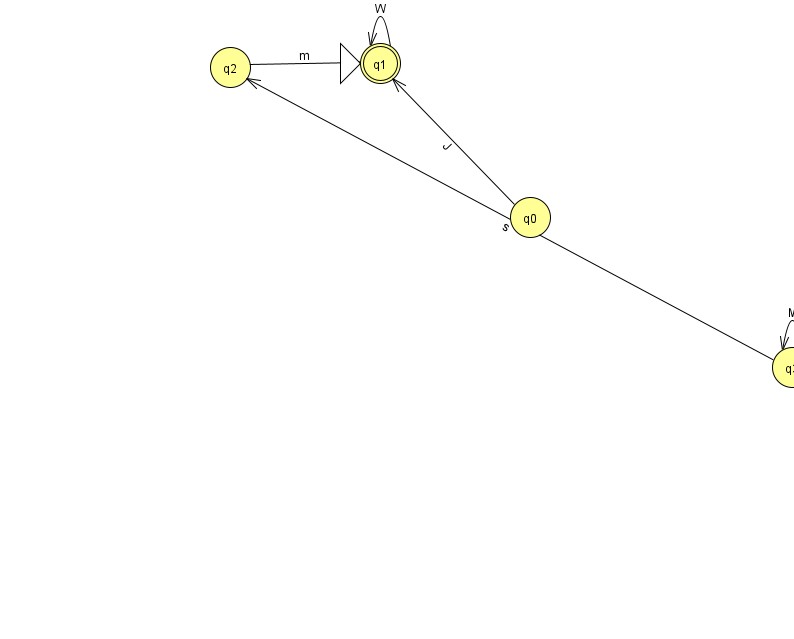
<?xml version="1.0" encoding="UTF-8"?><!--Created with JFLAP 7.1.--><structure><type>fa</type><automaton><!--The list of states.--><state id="0" name="q0"><x>530.0</x><y>204.0</y></state><state id="1" name="q1"><x>380.0</x><y>50.0</y><initial/><final/></state><state id="2" name="q2"><x>230.0</x><y>54.0</y></state><state id="3" name="q3"><x>792.0</x><y>354.0</y></state><!--The list of transitions.--><transition><from>3</from><to>2</to><read>s</read></transition><transition><from>2</from><to>1</to><read>m</read></transition><transition><from>1</from><to>1</to><read>W</read></transition><transition><from>3</from><to>3</to><read>M</read></transition><transition><from>0</from><to>1</to><read>J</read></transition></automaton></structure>